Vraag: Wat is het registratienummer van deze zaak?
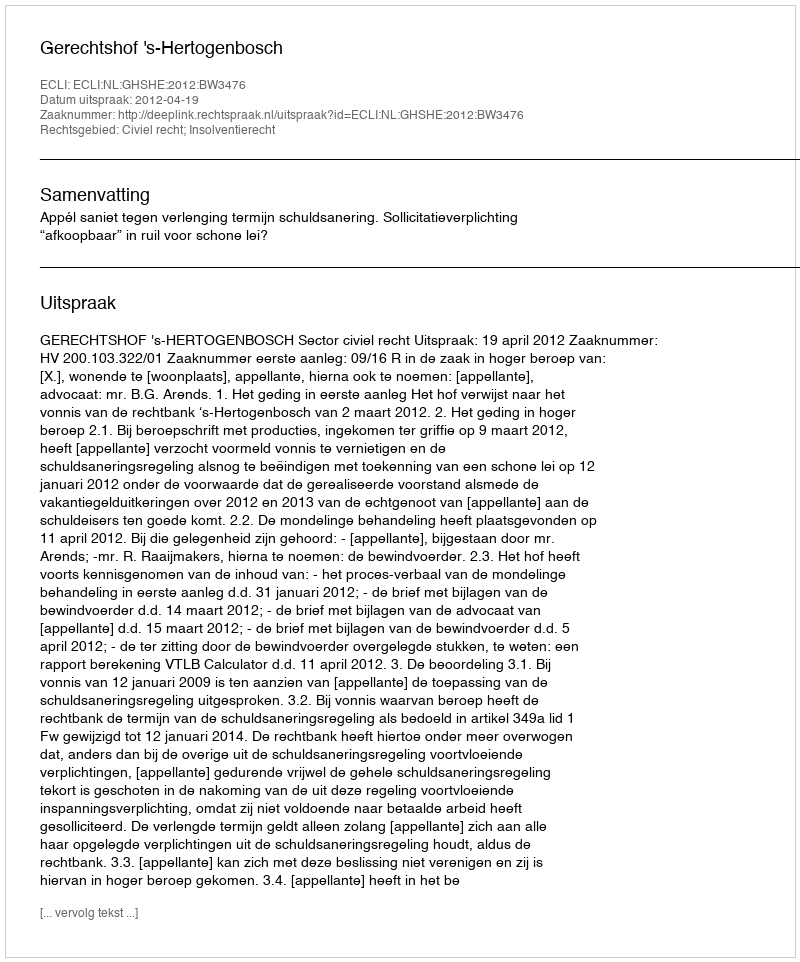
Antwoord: http://deeplink.rechtspraak.nl/uitspraak?id=ECLI:NL:GHSHE:2012:BW3476